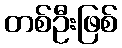
တစ်ဦးဖြစ်